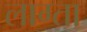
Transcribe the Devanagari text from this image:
लाग्ता